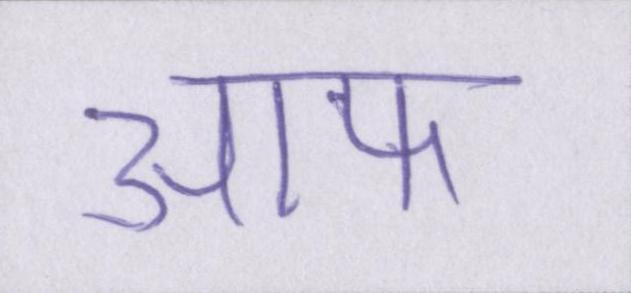
आफ